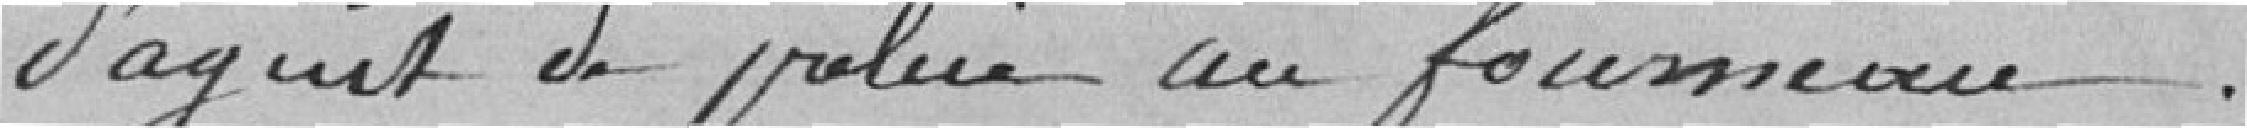
d'agent de police au fourneau.